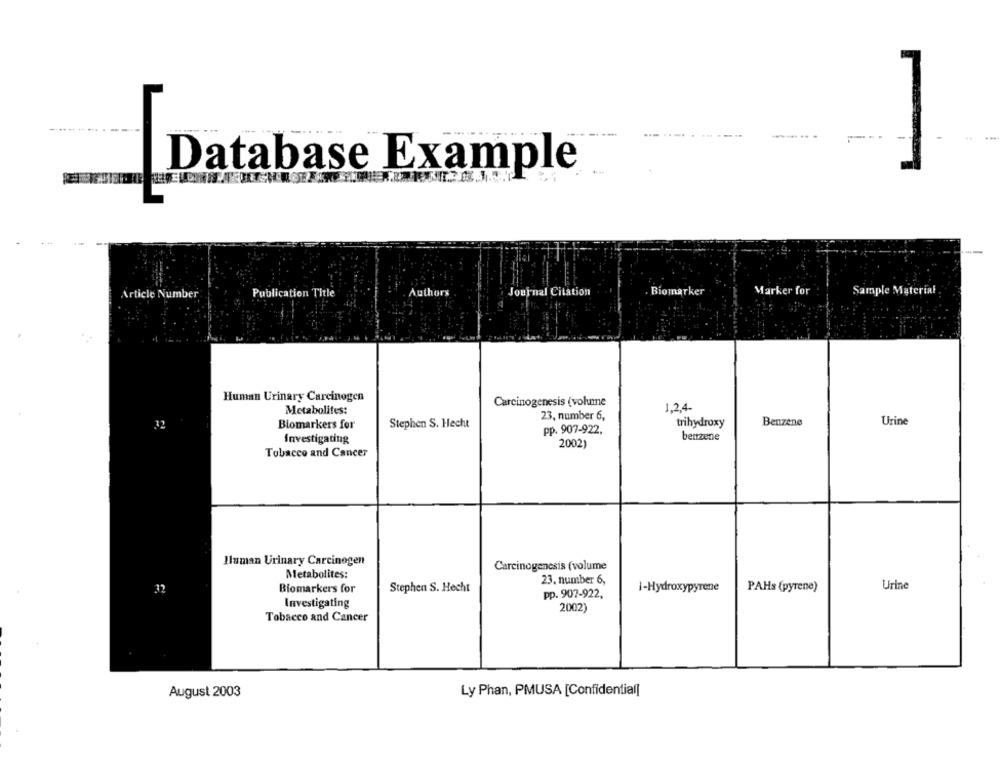
Database Example
Sample Material
Article Number
Publication Title
Authors
Journal Citation
Biomarker
Marker for
Human Urinary Carcinogen
Carcinogenesis (volume
Metabolifes:
1,2,4-
23, number 6,
Urine
Biomarkers for
Stephen S. Hecht
pp. 907-922,
trihydroxy
Benzene
benzene
Investigating
2002)
Tobacco and Cancer
Iluman Urinary Carcinogen
Carcinogenesis (volume
Metabolites:
23. number 6,
33
Biomarkers for
Stephen S. Hecht
1-Hydroxypyrene
PAHs (pyrene)
Urine
pp. 907-922,
Investigating
2002)
Tobacco and Cancer
August 2003
Ly Phan, PMUSA [Confidential]